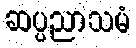
ဆပ္ပညာသမံ